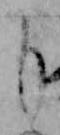
も